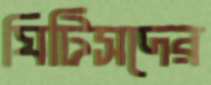
ঘিটিসদের